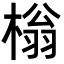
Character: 㮬